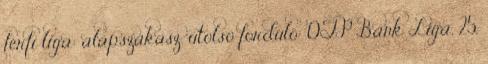
férfi liga: alapszakasz, utolsó forduló: OTP Bank Liga, 25.